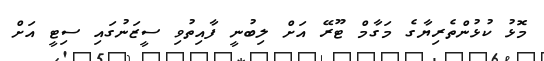
މޮޅު ކުޅުންތެރިޔާގެ މަގާމް ޓޫރޭ އަށް ލިބުނީ ފާއިތުވި ސީޒަނުގައި ސިޓީ އަށް